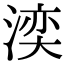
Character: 湙